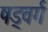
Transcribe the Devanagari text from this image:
षड्वर्ग